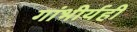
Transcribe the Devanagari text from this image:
गांभीर्यही